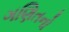
ગણિતનો